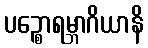
ပဉ္စောရမ္ဘာဂိယာနိ